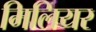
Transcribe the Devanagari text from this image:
मिलियर